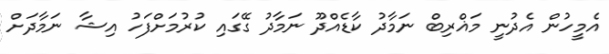
އެމީހުން އެދުނީ މަޣްރިބް ނަމާދު ކާޑެއްދޫ ނަމާދު ގޭގައި ކުރުމަށްފަހު އިޝާ ނަމާދަށް